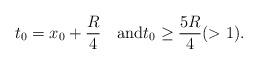
LaTeX: \begin{align*}t_0=x_0+\frac{R}{4}\quad\mbox{and}t_0\ge\frac{5R}{4}(>1).\end{align*}